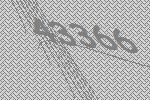
43366